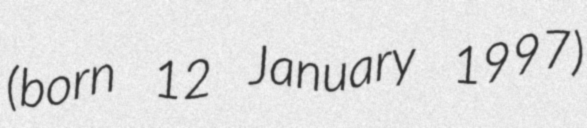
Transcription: (born 12 January 1997)